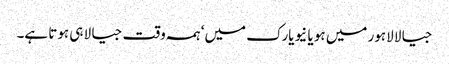
جیالا لاہور میں ہو یا نیویارک میں‘ ہمہ وقت جیالا ہی ہوتا ہے۔